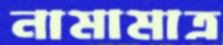
নামামাত্র